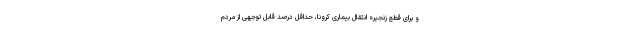
و برای قطع زنجیره انتقال بیماری کرونا، حداقل درصد قابل توجهی از مردم